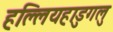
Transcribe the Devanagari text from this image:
हल्लियहाडुगलु